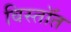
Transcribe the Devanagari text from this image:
विस्तॉत